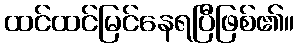
ထင်ထင်မြင်နေရပြီဖြစ်၏။